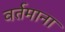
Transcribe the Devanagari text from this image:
वर्तमाना